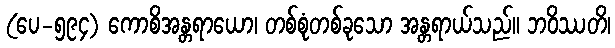
(ပေ-၅၉၄) ကောစိအန္တရာယော၊ တစ်စုံတစ်ခုသော အန္တရာယ်သည်။ ဘဝိဿတိ၊